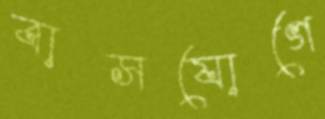
বাসযোগে